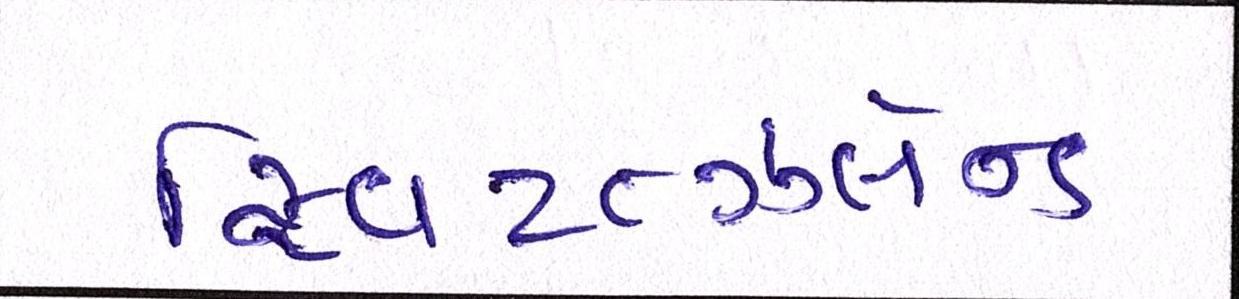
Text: સ્વિટ્ત્ઝર્લેન્ડ